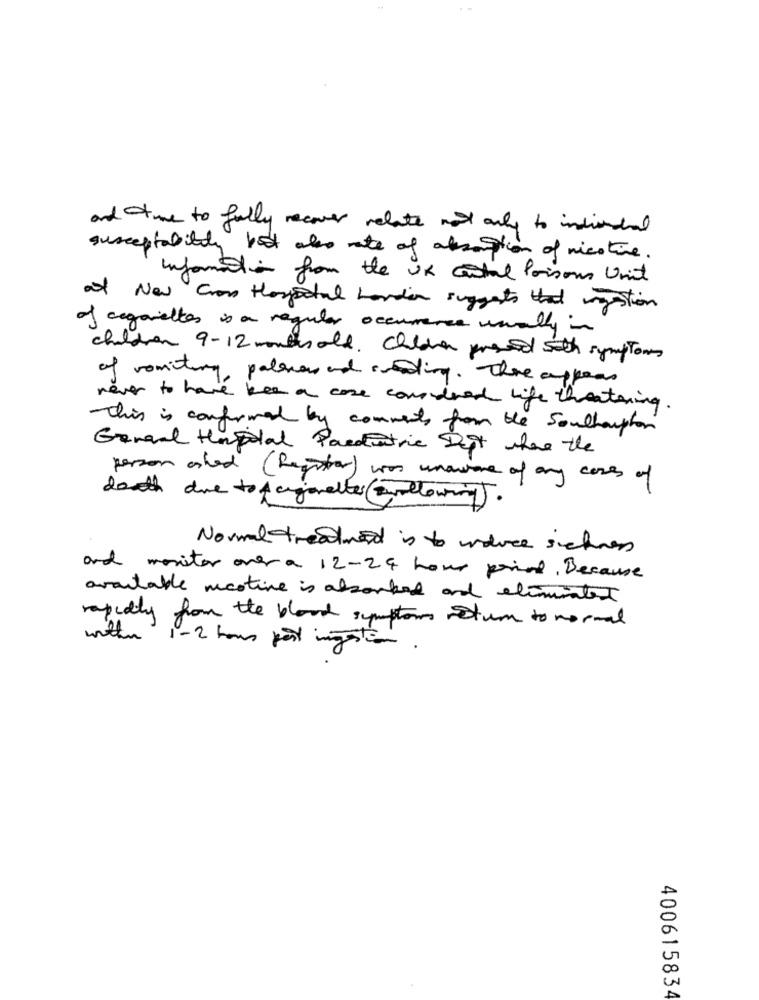
and time to fully recover relate not only to individual
susceptabilly boot also rate of alssition of nicotine.
Information from the UK atal Poisons Unit
at New Cran Hoyostal Landier suggests that gestion
of cigarettes is a regular occurrence usually in
children 9-12 months old. Children pressed soth symptoms
of vomitury palavras and coding. There appeas
never to have been a cose considered life threatening.
This is confirmed by comments from the Southampton
General Hospital Paraiatric Det where the
person ashed (Register) was unaware of any cases of
dowth due to A cigarettes (following).
Normal treatment is to induce sicher
and monitor over a 12-24 hour point, Because
available nicotine is absorbed and eliminated
rapidly from the blood symptoms tum to normal
within 1-2 hours part ingestion.
400615834